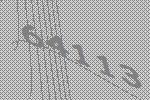
64113